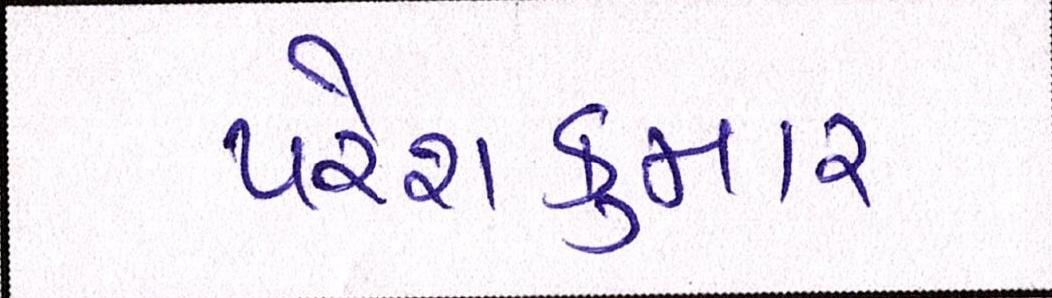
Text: પરેશકુમાર